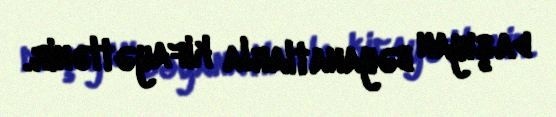
daşıyan bəyanatlarla kifayətlənir.